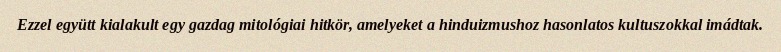
Ezzel együtt kialakult egy gazdag mitológiai hitkör, amelyeket a hinduizmushoz hasonlatos kultuszokkal imádtak.